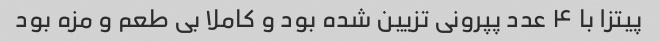
پیتزا با ۴ عدد پپرونی تزیین شده بود و کاملا بی طعم و مزه بود